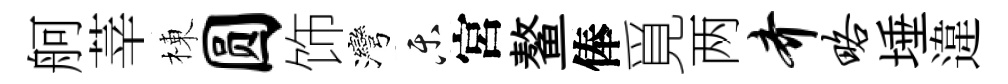
舸莘棟圆饰灣乐宮鳌俸覓两齐略埵違